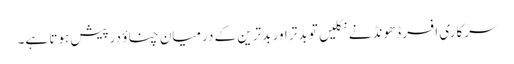
سرکاری افسر ڈھونڈنے نکلیں تو بدتر اور بدترین کے درمیان چناؤ درپیش ہوتا ہے۔